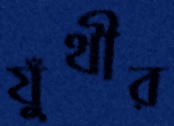
যুঁথীর